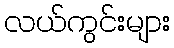
လယ်ကွင်းများ